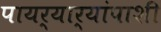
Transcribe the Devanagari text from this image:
पायर्‍यार्‍यांपाशी